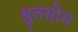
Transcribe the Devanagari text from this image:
श्रुतसोम